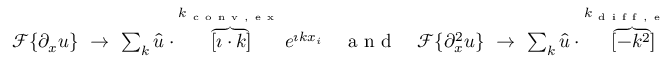
\begin{array} { r } { \mathcal { F } \{ \partial _ { x } u \} \ \to \ \sum _ { k } \hat { u } \cdot \overbrace { \left[ \imath \cdot k \right] } ^ { k _ { \mathrm { ~ c ~ o ~ n ~ v ~ , ~ e ~ x ~ } } } e ^ { \imath k x _ { i } } \quad \mathrm { ~ a ~ n ~ d ~ } \quad \mathcal { F } \{ \partial _ { x } ^ { 2 } u \} \ \to \ \sum _ { k } \hat { u } \cdot \overbrace { \left[ - k ^ { 2 } \right] } ^ { k _ { \mathrm { ~ d ~ i ~ f ~ f ~ , ~ e ~ x ~ } } } e ^ { \imath k x _ { i } } \ . } \end{array}